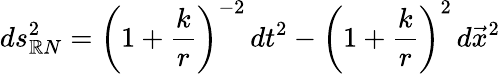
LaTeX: ds_{\mathbb{R}N}^{2}=\left(1+\frac{{k}}{{r}}\right)^{-2}\, dt^{2}-\left(1+\frac{{k}}{{r}}\right)^{2}\, d{\vec{{x}}}^{2}